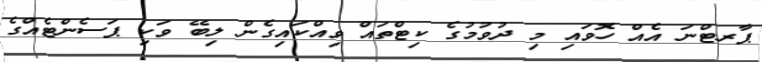
ޕާރޓްނަ އެއް ހޮވައި މި ދުވުމުގެ ކިޓްތައް ވިއްކައިގެން ލިބޭ ވަކި ޕަސެންޓެއްގެ